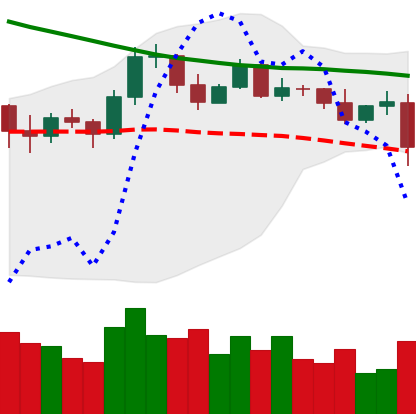
Ticker: EOS-USD
Chart end date: 2019-11-18
Forward return: -15.573%
Label: down_7plus